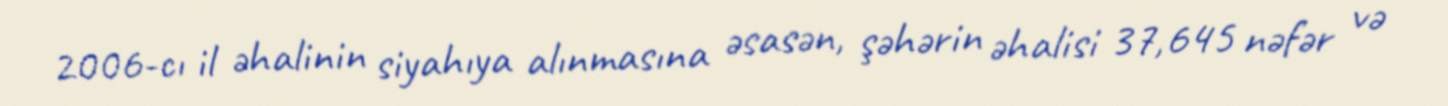
2006-cı il əhalinin siyahıya alınmasına əsasən, şəhərin əhalisi 37,645 nəfər və